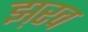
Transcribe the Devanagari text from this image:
झ़रव